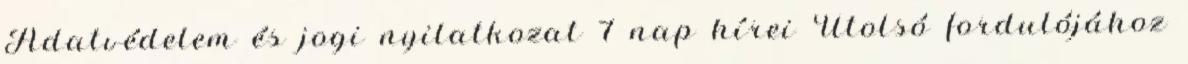
Adatvédelem és jogi nyilatkozat 7 nap hírei Utolsó fordulójához